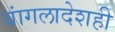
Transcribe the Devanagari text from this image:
बांगलादेशही